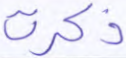
ذكرت